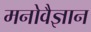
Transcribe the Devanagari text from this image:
मनोवैज्ञान